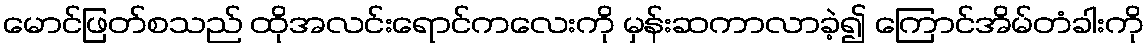
မောင်ဖြတ်စသည် ထိုအလင်းရောင်ကလေးကို မှန်းဆကာလာခဲ့၍ ကြောင်အိမ်တံခါးကို